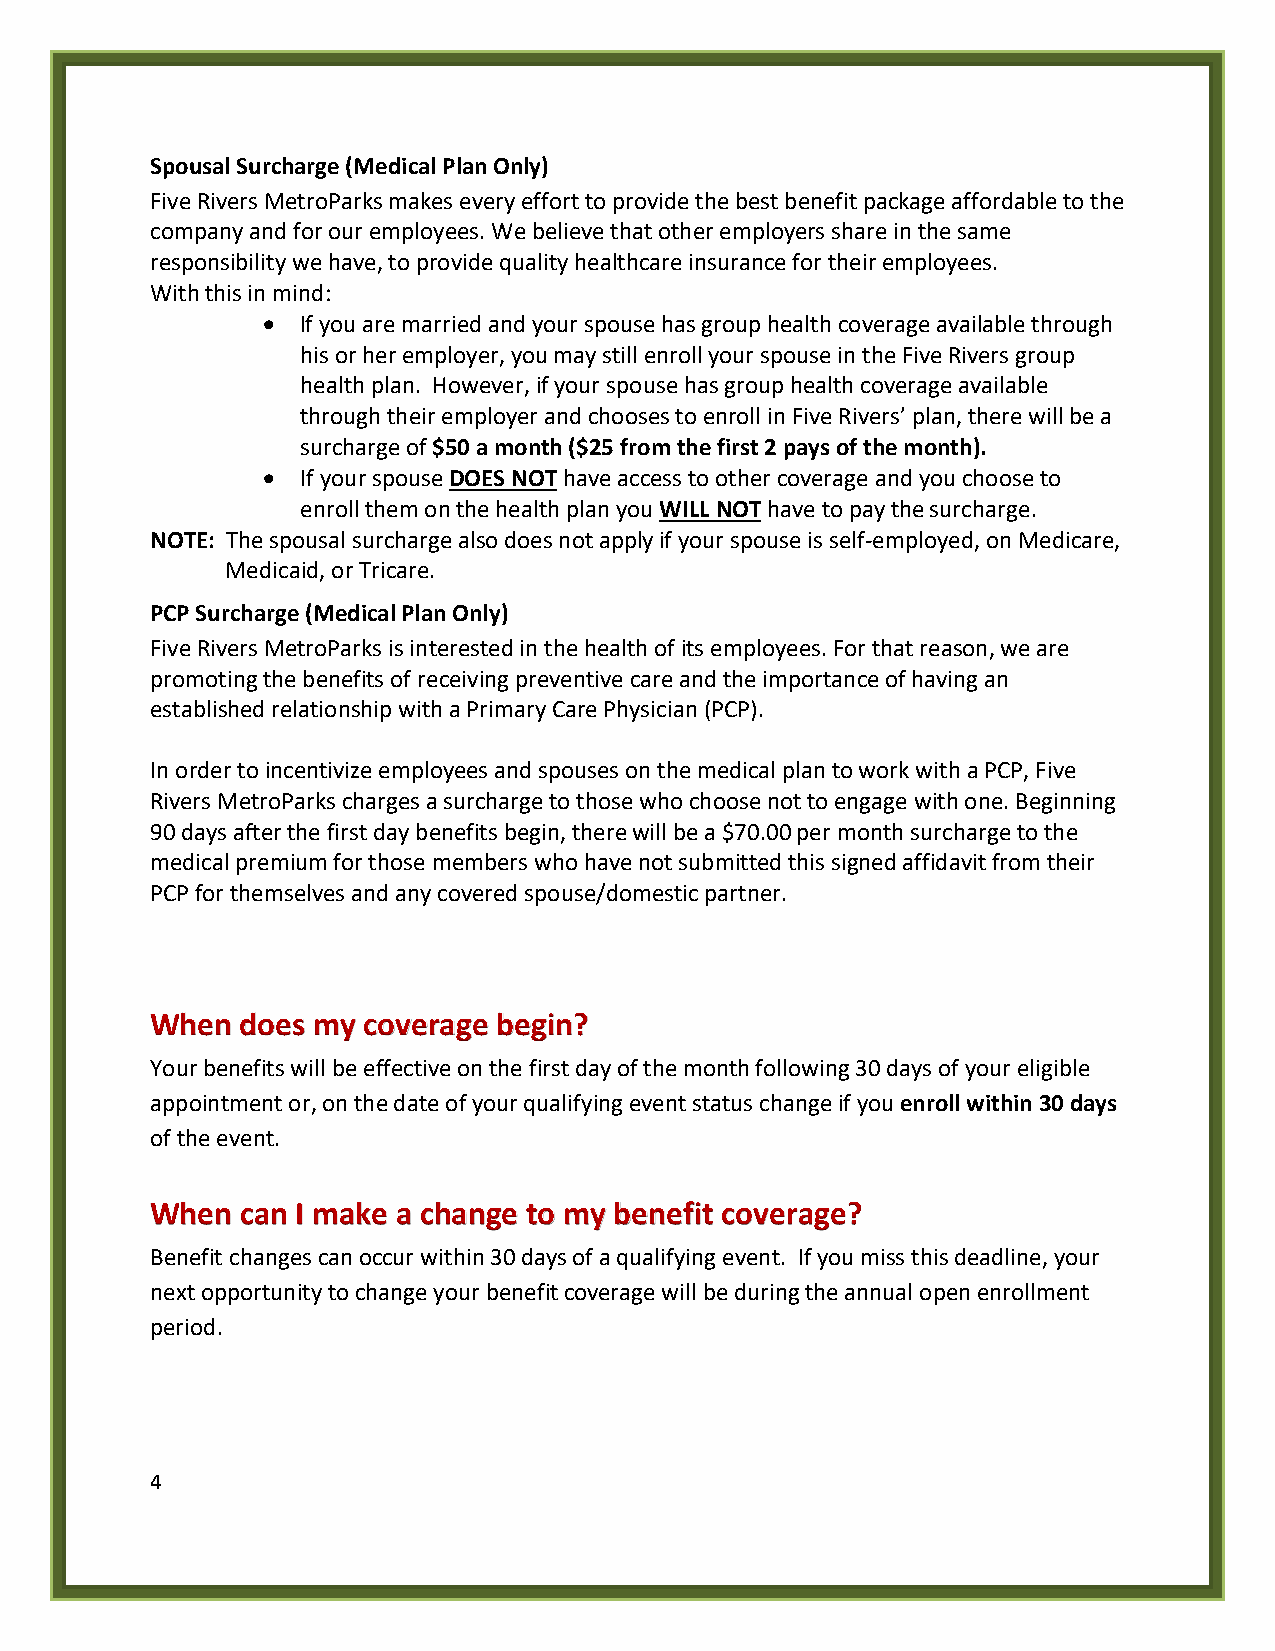
Spousal Surcharge (Medical Plan Only)
 Five Rivers MetroParks makes every effort to provide the best benefit package affordable to the
 company and for our employees. We believe that other employers share in the same
 responsibility we have, to provide quality healthcare insurance for their employees.
 With this in mind:
 •  If you are married and your spouse has group health coverage available through
 his or her employer, you may still enroll your spouse in the Five Rivers group
 health plan. However, if your spouse has group health coverage available
 through their employer and chooses to enroll in Five Rivers’ plan, there will be a
 surcharge of $50 a month ($25 from the first 2 pays of the month).
 •  If your spouse DOES NOT have access to other coverage and you choose to
 enroll them on the health plan you WILL NOT have to pay the surcharge.
 NOTE: The spousal surcharge also does not apply if your spouse is self-employed, on Medicare,
 Medicaid, or Tricare.
 PCP Surcharge (Medical Plan Only)
 Five Rivers MetroParks is interested in the health of its employees. For that reason, we are
 promoting the benefits of receiving preventive care and the importance of having an
 established relationship with a Primary Care Physician (PCP).
 In order to incentivize employees and spouses on the medical plan to work with a PCP, Five
 Rivers MetroParks charges a surcharge to those who choose not to engage with one. Beginning
 90 days after the first day benefits begin, there will be a $70.00 per month surcharge to the
 medical premium for those members who have not submitted this signed affidavit from their
 PCP for themselves and any covered spouse/domestic partner.
 When  does my coverage begin?
 Your benefits will be effective on the first day of the month following 30 days of your eligible
 appointment or, on the date of your qualifying event status change if you enroll within 30 days
 of the event.
 When  can I make a change to my benefit coverage?
 Benefit changes can occur within 30 days of a qualifying event. If you miss this deadline, your
 next opportunity to change your benefit coverage will be during the annual open enrollment
 period.
 4